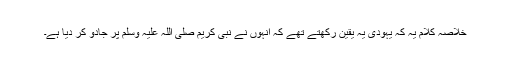
خلاصہ کلام یہ کہ یہودی یہ یقین رکھتے تھے کہ انہوں نے نبی کریم صلی اللہ علیہ وسلم پر جادو کر دیا ہے۔